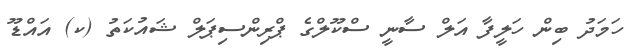
ހަމަދު ބިން ހަލީފާ އަލް ސާނީ ސްކޫލްގެ ޕްރިންސިޕަލް ޝައުކަތު (ކ) އައްޑޫ